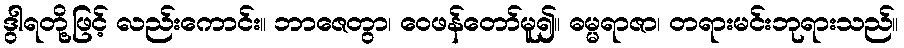
ဒွါရတို့ဖြင့် လည်းကောင်း။ ဘာဇေတွာ၊ ဝေဖန်တော်မူ၍။ ဓမ္မရာဇာ၊ တရားမင်းဘုရားသည်။